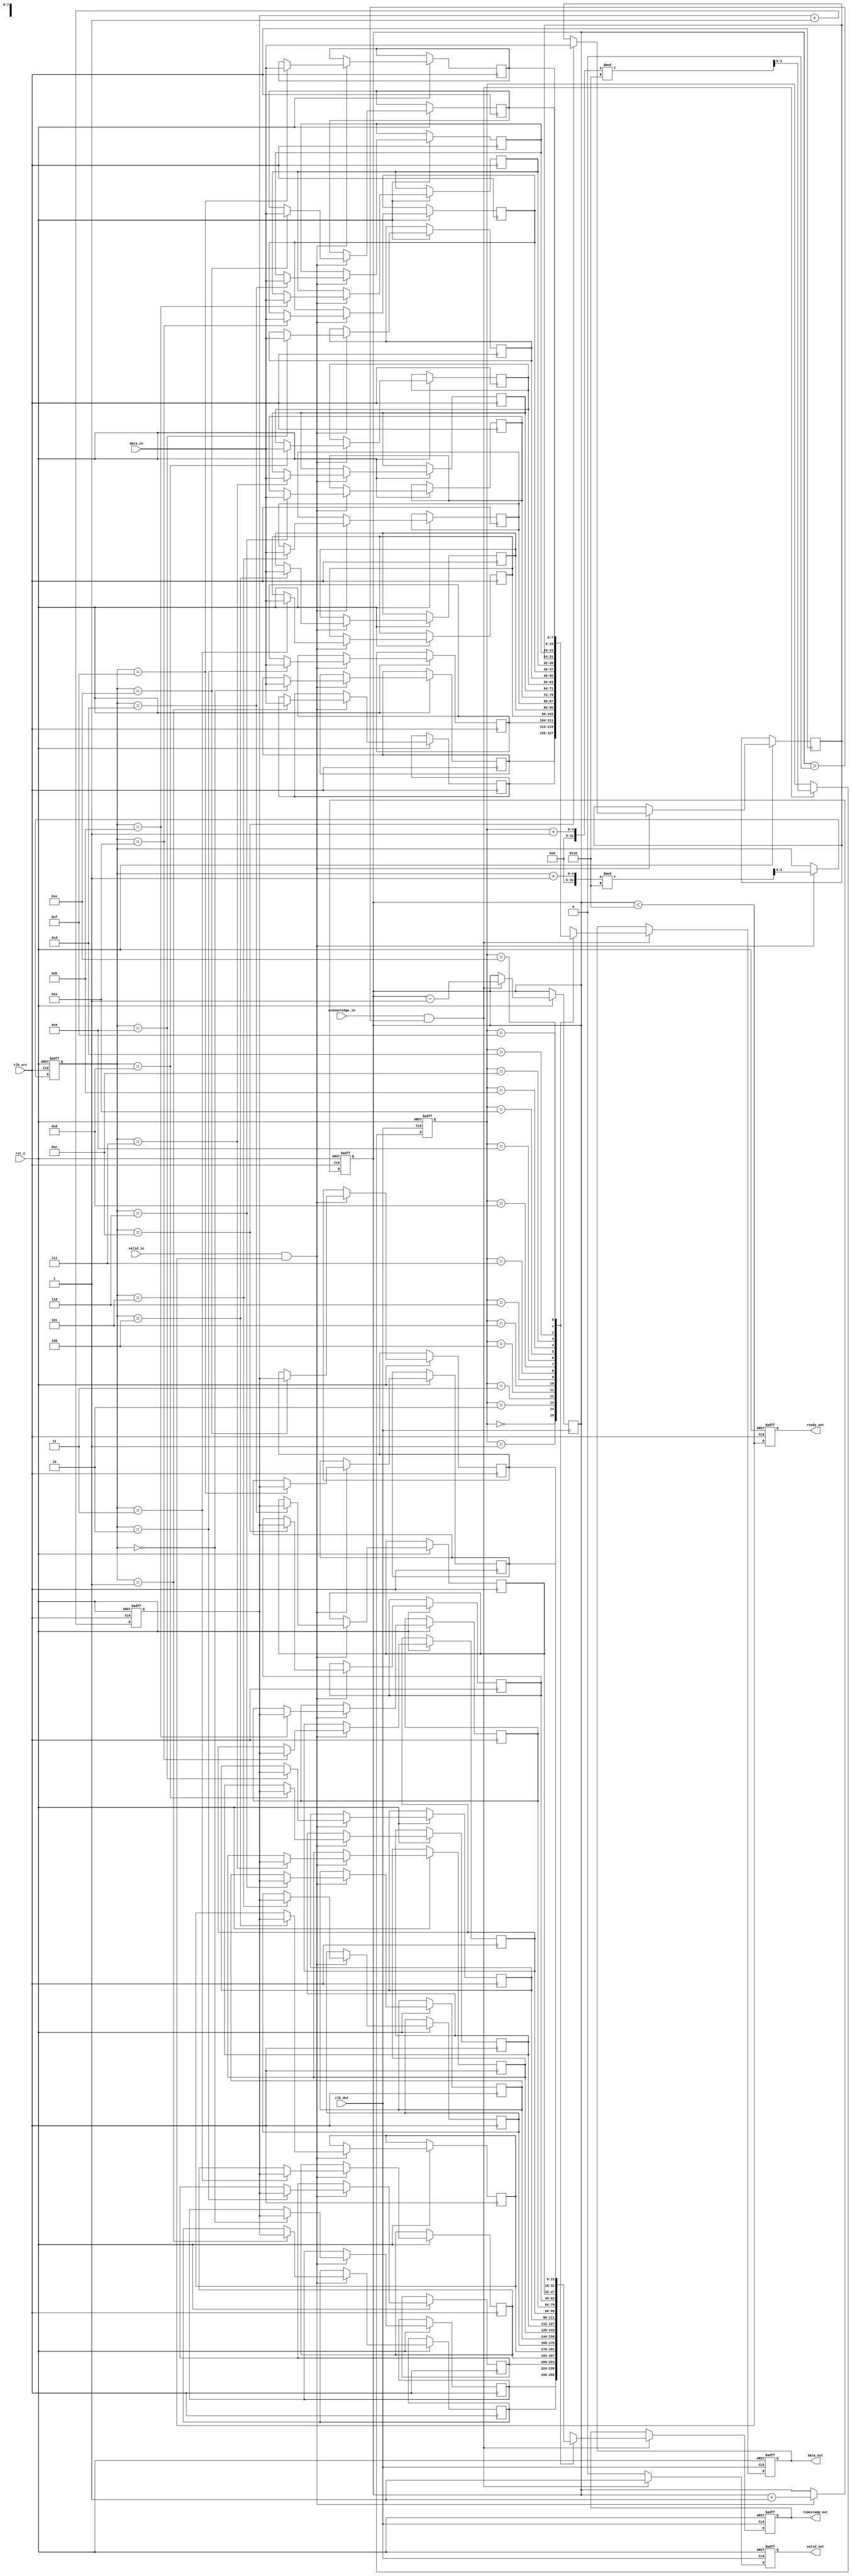
module time_stamped_synchronizer #(
    parameter DATA_WIDTH = 8,      // Width of the data
    parameter TIMESTAMP_WIDTH = 16, // Width of the timestamp
    parameter FIFO_DEPTH = 16       // Depth of the FIFO
)(
    input wire clk_src,             // Source clock
    input wire clk_dst,             // Destination clock
    input wire rst_n,               // Active low reset
    input wire [DATA_WIDTH-1:0] data_in, // Data input from source clock domain
    input wire valid_in,            // Valid signal for input data
    output wire ready_out,          // Ready signal for source clock domain
    output reg [DATA_WIDTH-1:0] data_out, // Data output to destination clock domain
    output reg [TIMESTAMP_WIDTH-1:0] timestamp_out, // Timestamp output
    output reg valid_out,           // Valid signal for output data
    input wire acknowledge_in        // Acknowledge signal from destination clock domain
);
    // FIFO buffer and control variables
    reg [DATA_WIDTH-1:0] fifo_data [0:FIFO_DEPTH-1];
    reg [TIMESTAMP_WIDTH-1:0] fifo_timestamp [0:FIFO_DEPTH-1];
    reg [3:0] write_pointer = 0;
    reg [3:0] read_pointer = 0;
    reg [3:0] fifo_count = 0;

    // Timestamp counter
    reg [TIMESTAMP_WIDTH-1:0] timestamp_counter = 0;
    
    // Handshake signals
    reg ready_src = 0;

    // Write logic in source clock domain
    always @(posedge clk_src or negedge rst_n) begin
        if (!rst_n) begin
            write_pointer <= 0;
            fifo_count <= 0;
            timestamp_counter <= 0;
            ready_src <= 0;
        end else begin
            if (valid_in && (fifo_count < FIFO_DEPTH)) begin
                fifo_data[write_pointer] <= data_in;
                fifo_timestamp[write_pointer] <= timestamp_counter;
                write_pointer <= (write_pointer + 1) % FIFO_DEPTH;
                fifo_count <= fifo_count + 1;
            end
            timestamp_counter <= timestamp_counter + 1;
            ready_src <= (fifo_count < FIFO_DEPTH);
        end
    end

    // Read logic in destination clock domain
    always @(posedge clk_dst or negedge rst_n) begin
        if (!rst_n) begin
            read_pointer <= 0;
            valid_out <= 0;
            data_out <= 0;
            timestamp_out <= 0;
        end else begin
            if (acknowledge_in && fifo_count > 0) begin
                data_out <= fifo_data[read_pointer];
                timestamp_out <= fifo_timestamp[read_pointer];
                valid_out <= 1;
                read_pointer <= (read_pointer + 1) % FIFO_DEPTH;
                fifo_count <= fifo_count - 1;
            end else begin
                valid_out <= 0;
            end
        end
    end

    // Ready signal for the source domain
    assign ready_out = ready_src;

endmodule